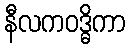
နီလကဝဒ္ဓိကာ